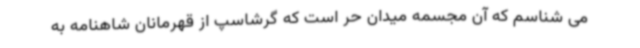
می شناسم که آن مجسمه میدان حر است که گرشاسپ از قهرمانان شاهنامه به